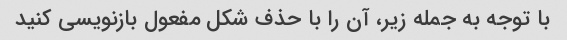
با توجه به جمله زیر، آن را با حذف شکل مفعول بازنویسی کنید